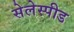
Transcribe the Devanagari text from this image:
सेलेस्पीड